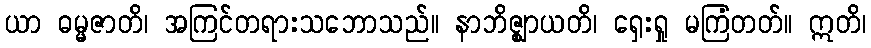
ယာ ဓမ္မဇာတိ၊ အကြင်တရားသဘောသည်။ နာဘိဇ္ဈာယတိ၊ ရှေးရှု မကြံတတ်။ ဣတိ၊